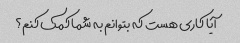
آیا کاری هست که بتوانم به شما کمک کنم؟